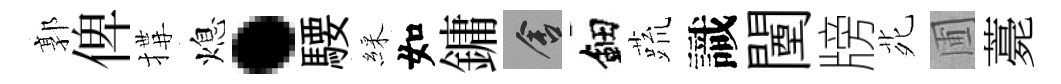
郭俾搆熄·騕綵如鏞舍鈿蔬識闉牓𫟍圃薧